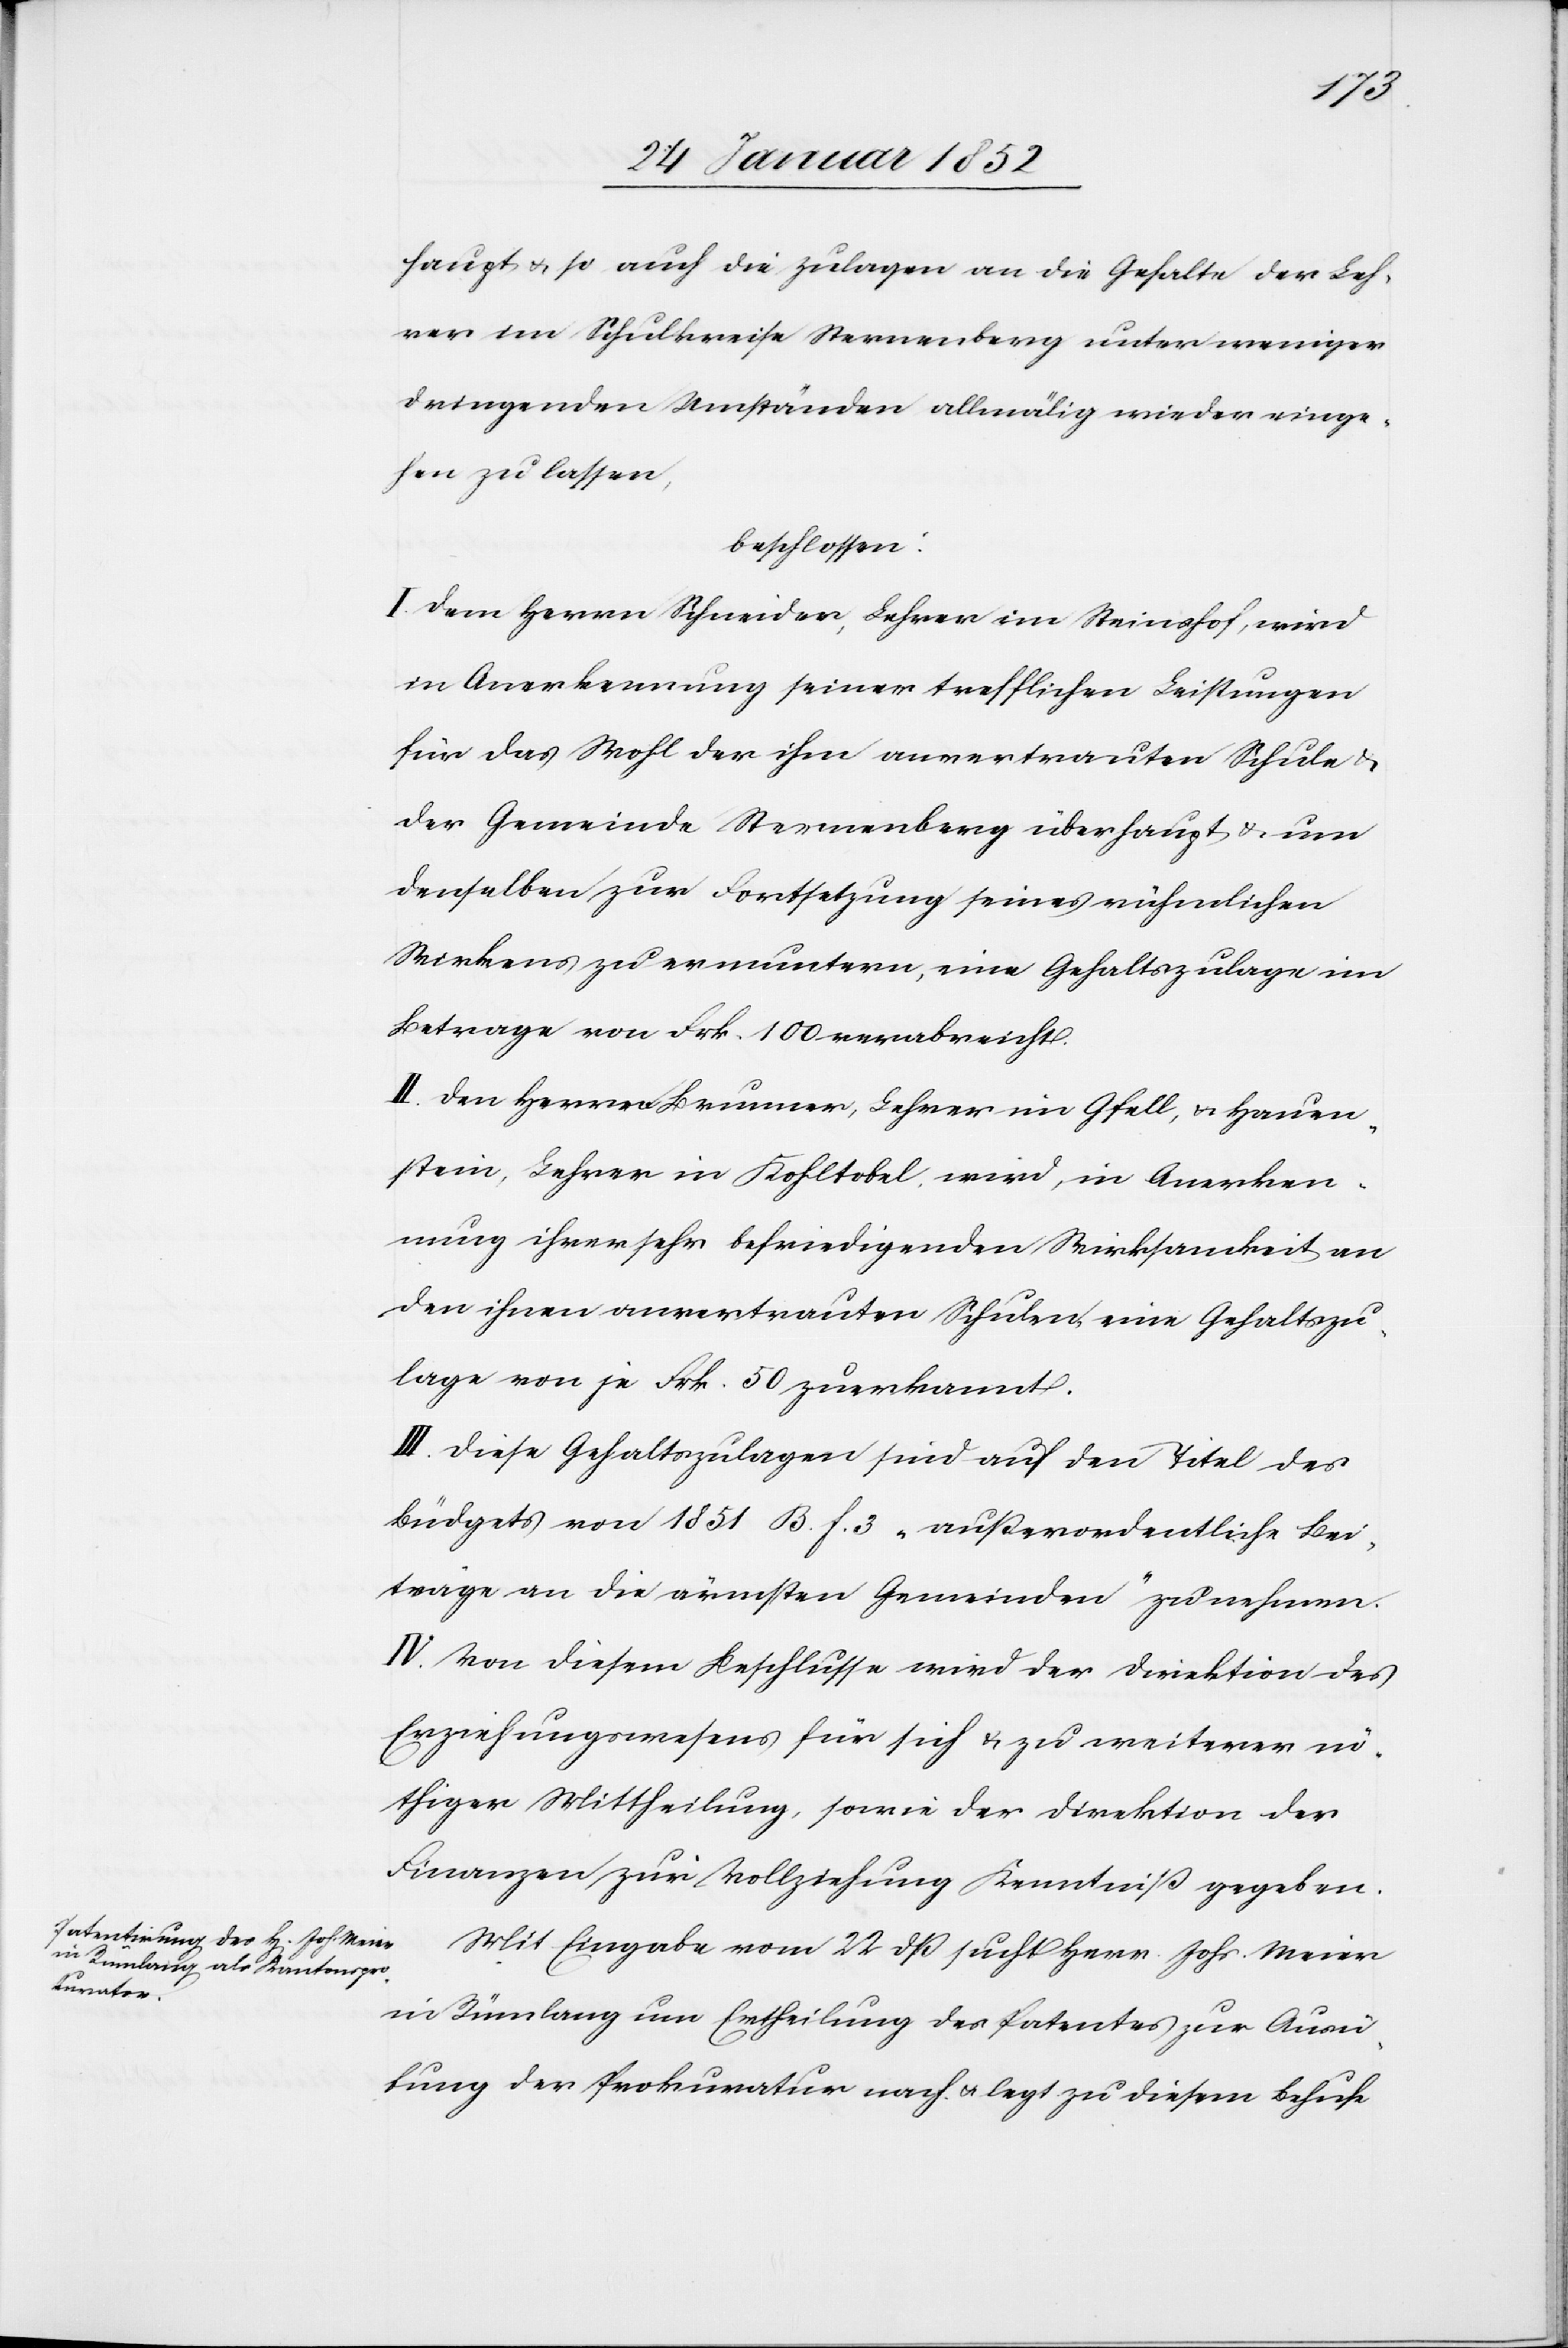
haupt u. so auch die Zulagen an die Gehalte der Leh¬
rer im Schulkreise Sternenberg unter weniger
dringenden Umständen allmälig wieder einge¬
hen zu lassen,
beschlossen:
I. Dem Herrn Schneider, Lehrer im Steinshof, wird
in Anerkennung seiner trefflichen Leistungen
für das Wohl der ihm anvertrauten Schule u.
der Gemeinde Sternenberg überhaupt u. um
denselben zur Fortsetzung seines rühmlichen
Wirkens zu ermuntern, eine Gehaltszulage im
Betrage von Frk. 100 verabreicht.
II. Den Herren Brunner, Lehrer im Gfell, u. Hauen¬
stein, Lehrer in Kohltobel wird, in Anerken¬
nung ihrer sehr befriedigenden Wirksamkeit an
den ihnen anvertrauten Schulen eine Gehaltszu¬
lage von je Frk. 50 zuerkannt.
III. Diese Gehaltszulagen sind auf den Titel des
Büdgets von 1851 B. f. 3 „außerordentliche Bei¬
träge an die ärmsten Gemeinden“ zu nehmen.
IV. Von diesem Beschlusse wird der Direktion des
Erziehungswesens für sich u. zu weiterer nö¬
thiger Mittheilung, sowie der Direktion der
Finanzen zur Vollziehung Kenntniß gegeben.
Mit Eingabe vom 22 dß sucht Herr Johs. Meier
in Rümlang um Ertheilung des Patentes zur Ausü¬
bung der Prokuratur nach u. legt zu diesem Behufe